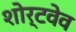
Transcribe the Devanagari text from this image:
शोर्टवेव